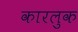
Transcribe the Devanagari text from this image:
कारलुक